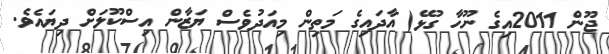
ޖޫން 2011އިގެ ނޫހާ ގުޅޭ( އާދައިގެ މަތިން މިއަދުވެސް ޔަޒާން އިސްކޫލަށް ދިޔައެވެ.